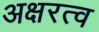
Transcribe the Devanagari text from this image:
अक्षरत्व